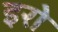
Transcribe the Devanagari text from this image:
इरो